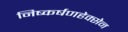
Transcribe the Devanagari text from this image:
निष्कर्षणहेक्सेन